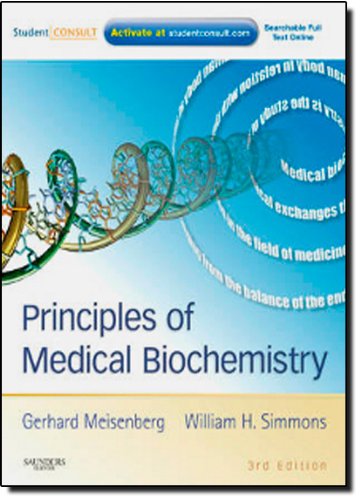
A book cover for Principles of Medical Biochemistry: With STUDENT CONSULT Online Access, 3e; Gerhard Meisenberg PhD; Medical Books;